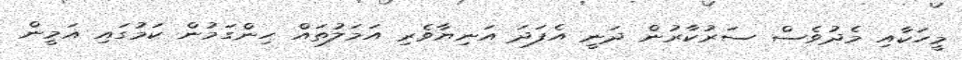
މީހަކާއި މެދުވެސް ސަރުކާރުން ދަނީ އެފަދަ އަނިޔާވެރި އަމަލުތައް ހިންގަމުން ކަމުގައި އަމީން